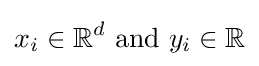
x_{i}\in \mathbb {R} ^{d}{\text{ and }}y_{i}\in \mathbb {R}